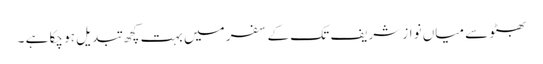
بھٹو سے میاں نواز شریف تک کے سفر میں بہت کچھ تبدیل ہو چکا ہے ۔